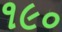
૧૯૦